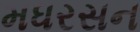
મધરસન